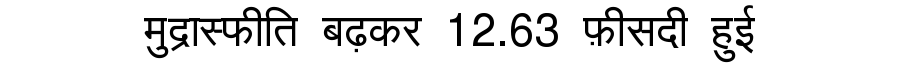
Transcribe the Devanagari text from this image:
मुद्रास्फीति बढ़कर 12.63 फ़ीसदी हुई